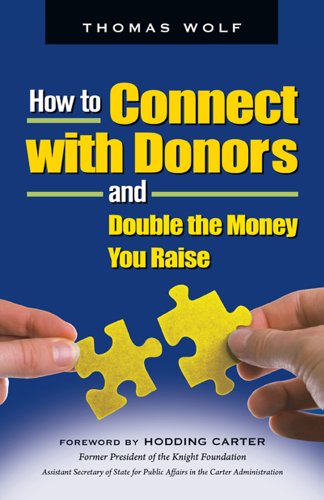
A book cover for How to Connect with Donors and Double the Money You Raise; Thomas Wolf; Politics & Social Sciences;